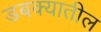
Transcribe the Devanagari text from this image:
डबक्यातील